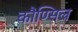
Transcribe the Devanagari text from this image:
कौण्सिल्र